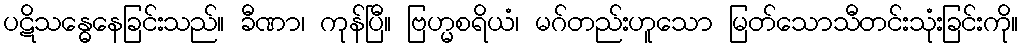
ပဋိသန္ဓေနေခြင်းသည်။ ခီဏာ၊ ကုန်ပြီ။ ဗြဟ္မစရိယံ၊ မဂ်တည်းဟူသော မြတ်သောသီတင်းသုံးခြင်းကို။